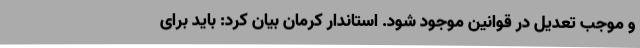
و موجب تعدیل در قوانین موجود شود. استاندار کرمان بیان کرد: باید برای